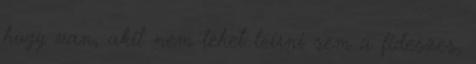
hogy van, akit nem lehet leírni sem a fideszes,